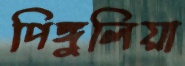
পিঙ্গুলিয়া